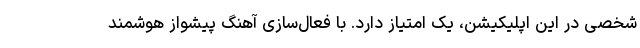
شخصی در این اپلیکیشن، یک امتیاز دارد. با فعال‌سازی آهنگ پیشواز هوشمند